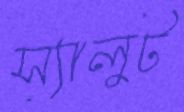
স্যালুট